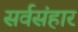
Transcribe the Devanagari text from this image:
सर्वसंहार